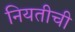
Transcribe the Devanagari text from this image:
नियतीची